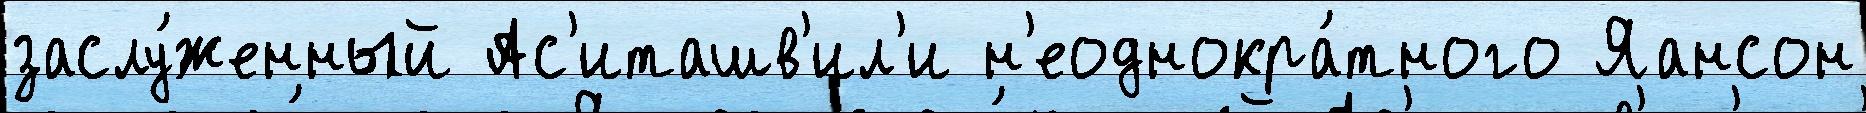
заслу́женный Ас'иташв'ил'и н'еоднокра́тного Яансон